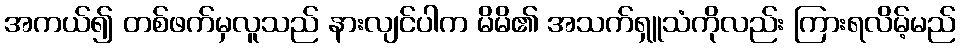
အကယ်၍ တစ်ဖက်မှလူသည် နားလျင်ပါက မိမိ၏ အသက်ရှူသံကိုလည်း ကြားရလိမ့်မည်